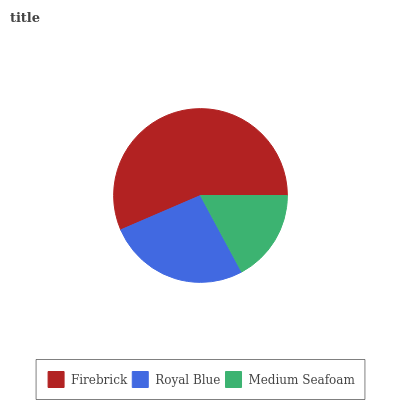
| Firebrick | Royal Blue | Medium Seafoam |
 | --- | --- | --- |
 | 56.4% | 26.4% | 17.2% |